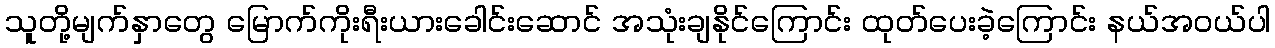
သူတို့မျက်နှာတွေ မြောက်ကိုးရီးယားခေါင်းဆောင် အသုံးချနိုင်ကြောင်း ထုတ်ပေးခဲ့ကြောင်း နယ်အဝယ်ပါ